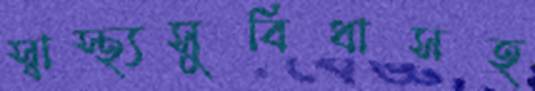
স্বাস্থ্যসুবিধাসহ